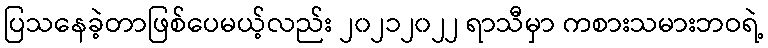
ပြသနေခဲ့တာဖြစ်ပေမယ့်လည်း ၂၀၂၁၂၀၂၂ ရာသီမှာ ကစားသမားဘဝရဲ့